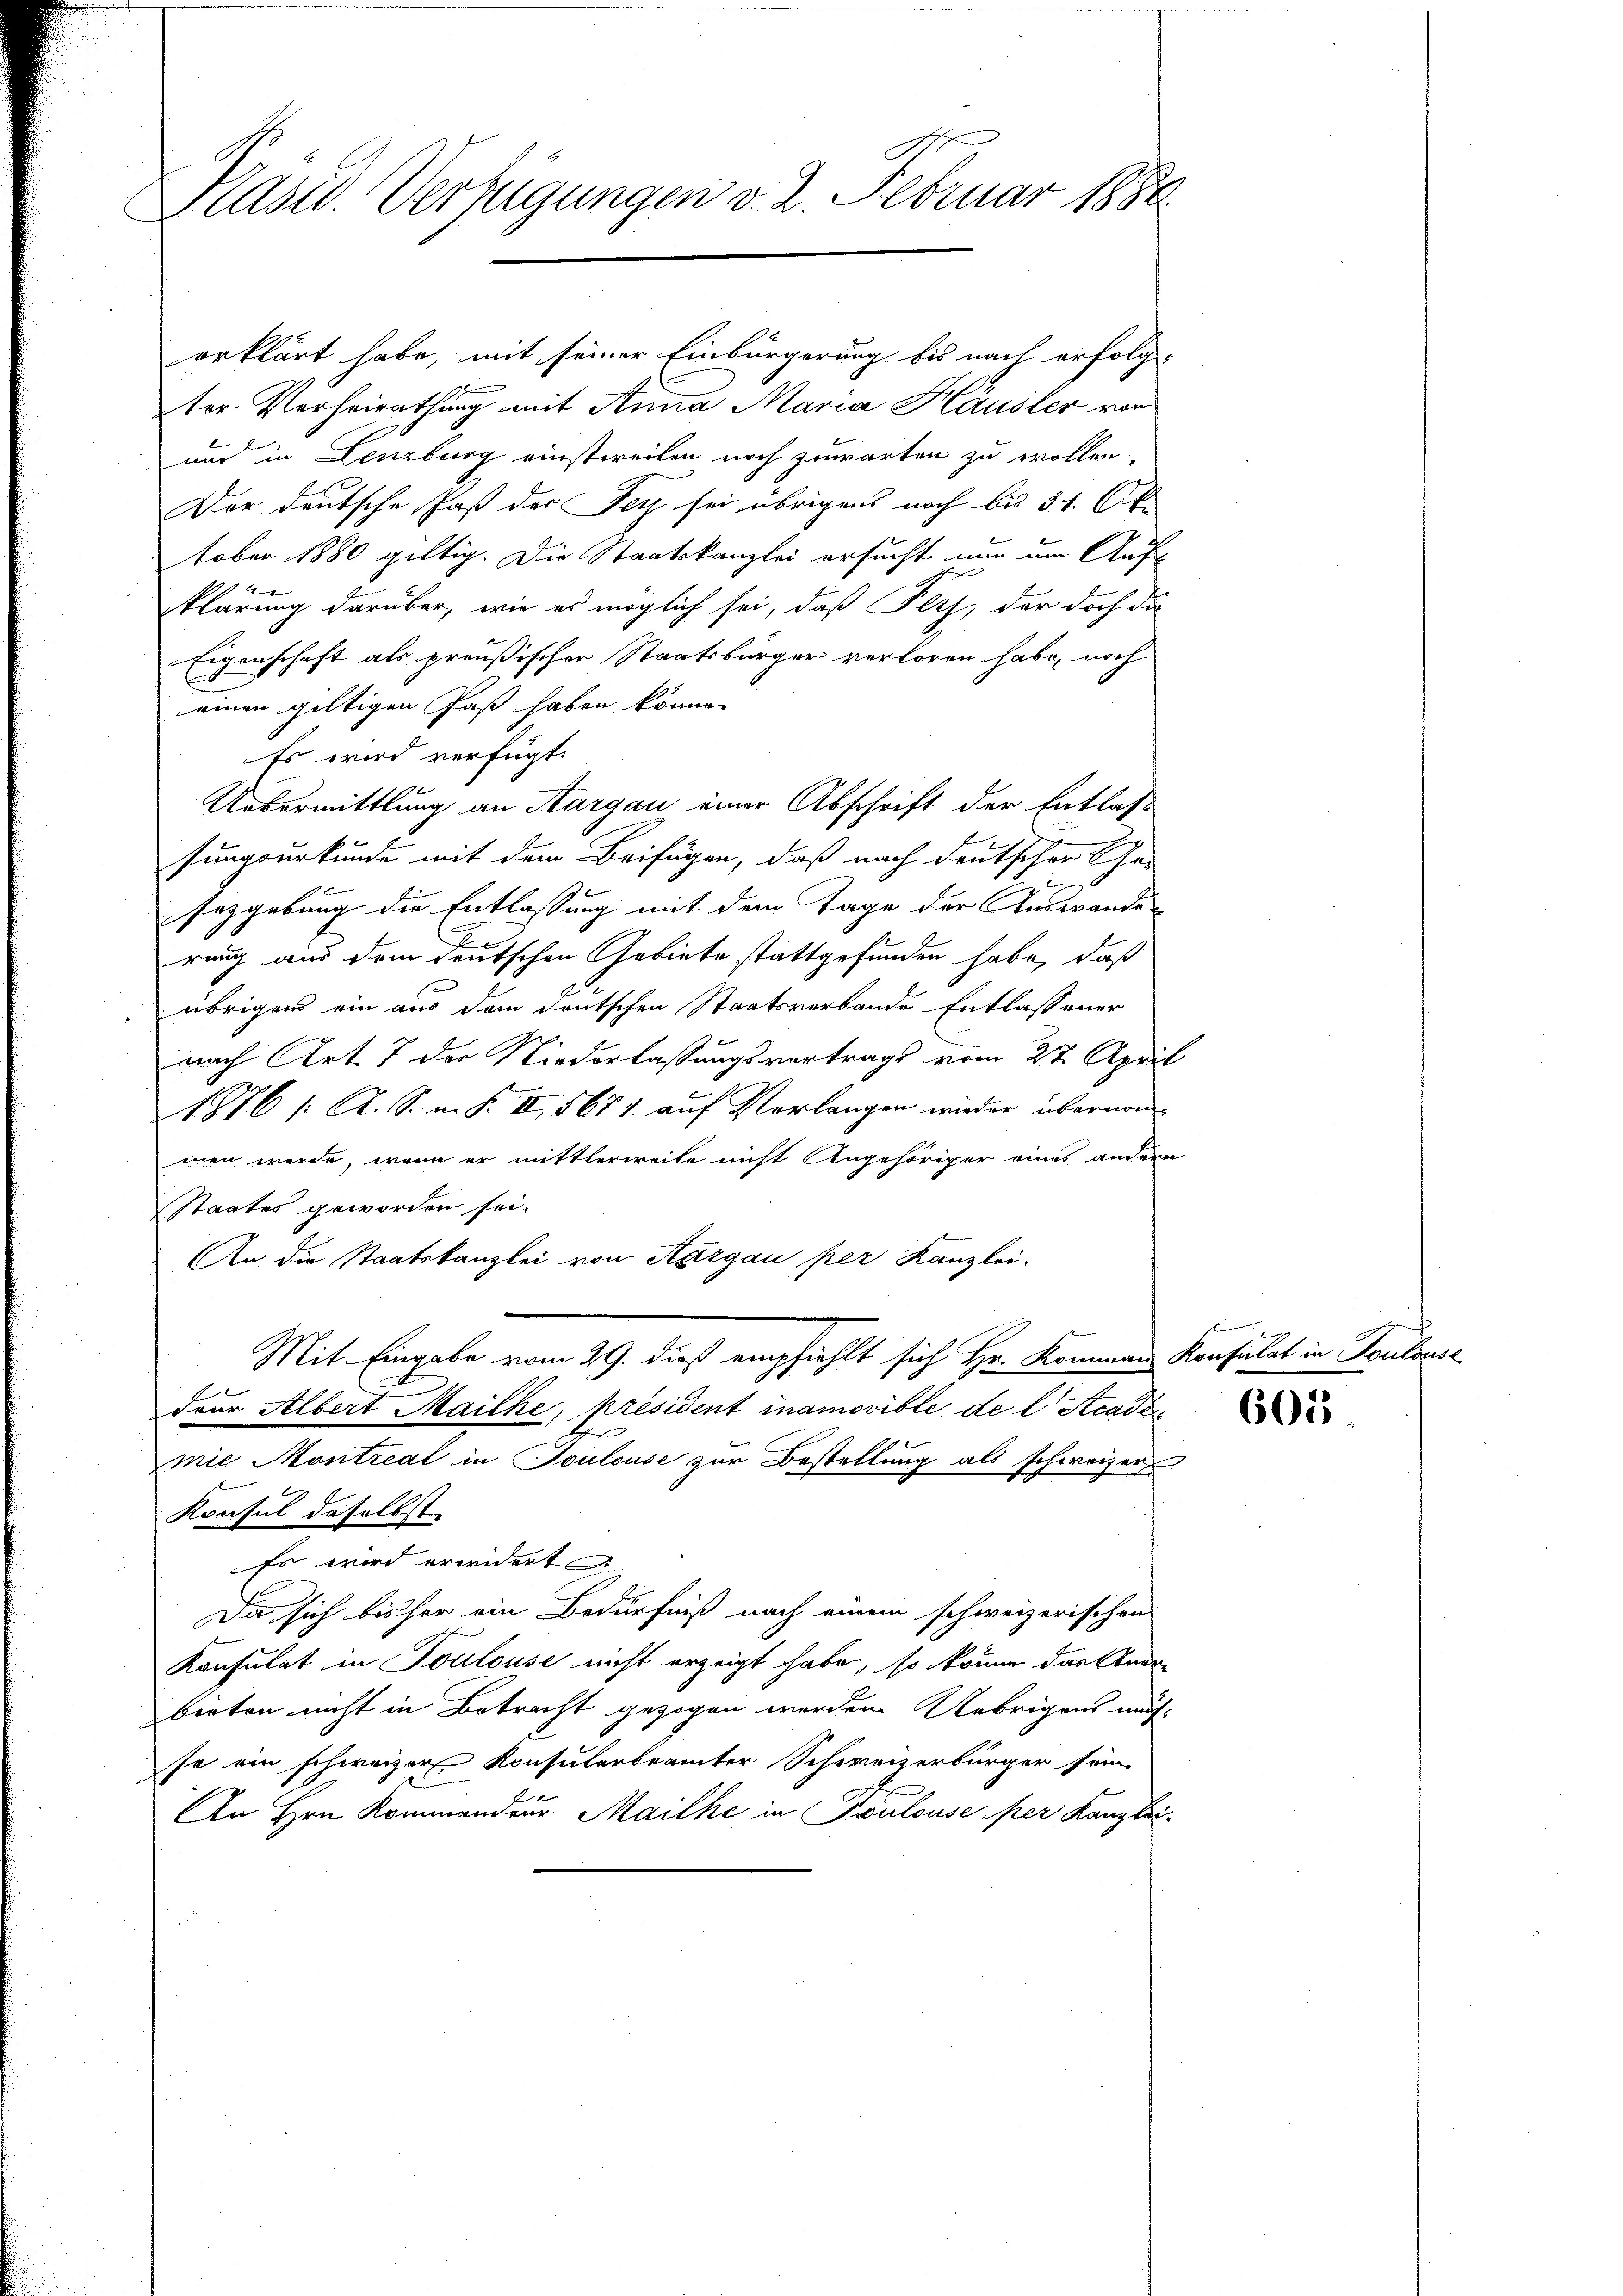
Präsid. Verfügungen v. 2. Februar 1886

erklärt habe, mit seiner Einbürgerung bis nach erfolgter Verheirathung mit Anna Maria Häusler von
und in Lenzburg einstweilen noch zuwarten zu wollen.
Der deutsche Paß der Fey sei übrigens noch bis 31. C
tober 1880 giltig. Die Staatskanzlei ersucht nun um Auf-
2
klärung darüber, wie es möglich sei, daß Fees, der doch die
Eigenschaft als preußischer Staatsbürger verloren habe, noch
einen gültigen Paß haben könne.
Es wird verfügt:
Uebermittlung an Aargau einer Abschrift der Entlass
sungsurkunde mit dem Beifügen, daß nach deutscher Ge-
sezgebung die Entlassung mit dem Tage der Auswanden
rang aus dem deutschen Gebiete stattgefunden habe, daß
übrigen ein aus dem deutschen Staatsverbande Entlassener
nach Art. 7 der Niederlassungsvertrags vom 27. April
1876 /: A. S. m. S. II, 5671 auf Verlangen wieder übernom-
men werde, wenn er mittlerweile nicht Angehöriger eines andern
Staates geworden sei.
An die Staatskanzlei von Aargau per Kanzlei-
Mit Eingabe vom 29. dieß empfiehlt sich Hr. Kommen Konsulat in Toulouse
drer Albert Mailke, président inamovible de l. Acade
mie Montreal in Toulouse zur Bestellung als schweizer
Konsul daselbst.
Es wird erwidert
Die sich bisher ein Bedürfniß nach einem schweizerischen
Konsulat in Toulouse nicht erzeigt habe, so könne das Ande
berten nicht in Betracht gezogen werden Uebrigens mus
so ein schweizer Konsulerbrämter Schweizerbürger sein.
An Hrn. Kommandeur Maille in Toulouse per Kanzlei¬

silier

605